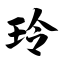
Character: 玲